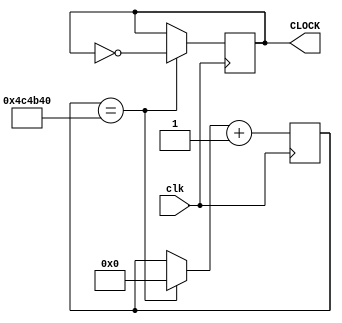
module fiftyMto100ms(clk,CLOCK);
	input clk;
	output CLOCK;
	reg [31:0]	count;
	reg			CLOCK;
	
	initial
		begin
			count = 0;
			CLOCK = 1;
		end
	
	always @ (posedge clk)
		begin
			if(count == 5000000)
				begin
					count = 0;
					CLOCK = ~CLOCK;
				end
			count = count + 1;
		end
endmodule

module half_frequency
(clk,CLOCK);
	input clk;
	output CLOCK;
	reg			count;
	reg			CLOCK;
	
	initial
		begin
			count = 0;
			CLOCK = 1;
		end
	
	always @ (posedge clk)
		begin
			if(count)
				begin
					count = 0;
					CLOCK = ~CLOCK;
				end
			count = 1;
		end
endmodule